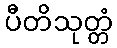
ပီတိသုတ္တံ